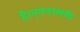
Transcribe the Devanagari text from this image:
है।न्एनालॉग